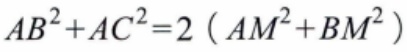
\(AB^{2}+AC^{2}=2\left(AM^{2}+BM^{2}\right)\)